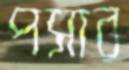
পসার